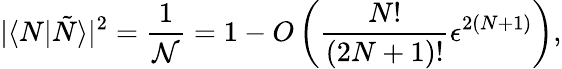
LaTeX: |\langle N|\tilde{N}\rangle|^{2}=\frac{1}{\mathcal{N}}=1-O\left(\frac{N!}{(2N+1)!}\epsilon^{2(N+1)}\right),